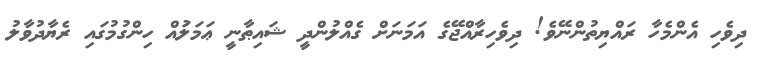
ދިވެހި އެންމެހާ ރައްޔިތުންނޭވެ! ދިވެހިރާއްޖޭގެ އަމަނަށް ގެއްލުންދީ ޝައިޠާނީ ޢަމަލުައް ހިންގުމުގައި ރެޔާދުވާލު